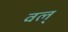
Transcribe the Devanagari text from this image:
वल्‌